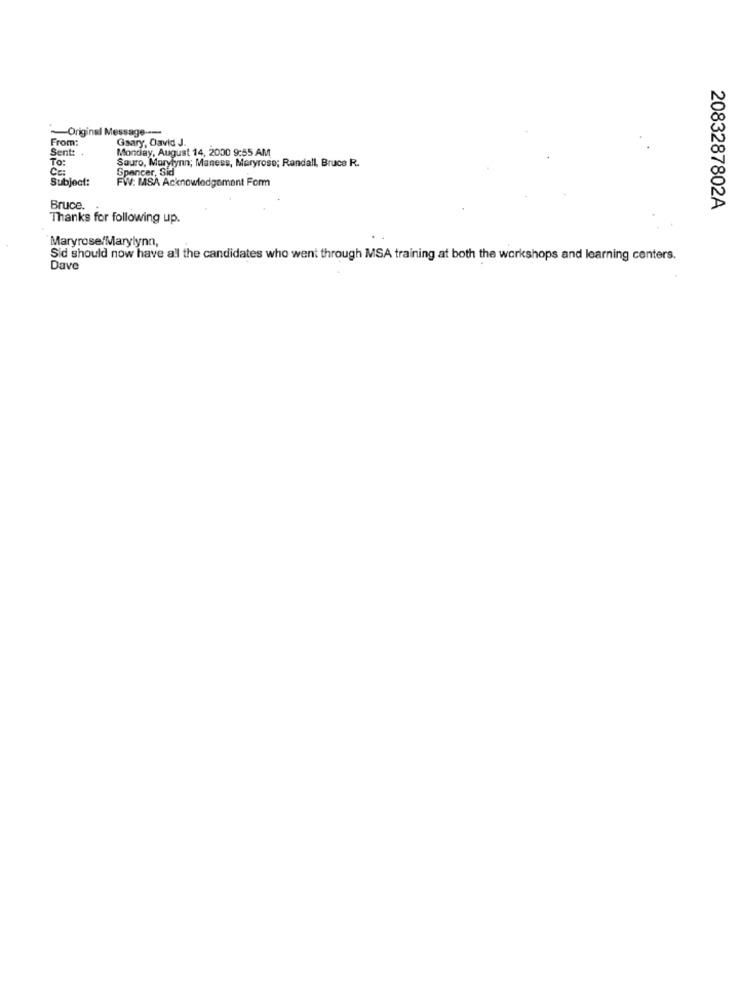
-Original Message ----
From:
Gaary, David J.
Sent:
Monday, August 14, 2000 9:55 AM
To:
Sauro, Marylynn; Maness, Maryrose; Randall, Bruce R.
Ce:
Spencer, Sid
Subject:
FW: MASA Acknowledgement Form
Bruce.
2083287802A
Thanks for following up.
Maryrose/Marylynn,
Sid should now have al the candidates who went through MSA training at both the workshops and learning centers.
Dave